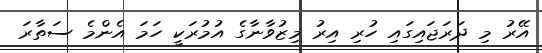
އޭރު މި ދަރަޖައިގައި ހުރި އިރު މިޒުވާނާގެ އުމުރަކީ ހަމަ އެންމެ ސަތާރަ